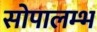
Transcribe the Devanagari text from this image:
सोपालम्भ